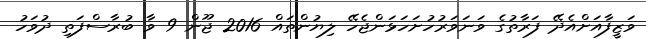
ވަޒީފާއަށްއެދޭ ފަރާތުގެ ވަނަވަރުހުށަހަޅަންޖެހޭ ލިޔުންތައް 2016 ޖޫން 9 ވާ ބުރާސްފަތި ދުވަހު